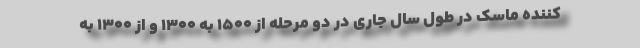
کننده ماسک در طول سال جاری در دو مرحله از 1500 به 1300 و از 1300 به